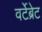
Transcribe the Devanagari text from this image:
वर्टेब्रेट